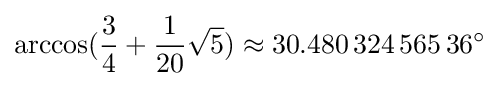
\arccos({\frac {3}{4}}+{\frac {1}{20}}{\sqrt {5}})\approx 30.480\,324\,565\,36^{\circ }